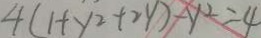
4 ( 1 + y ^ { 2 } + 2 y ) - y ^ { 2 } = 4